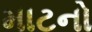
માટનો